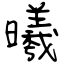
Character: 曦